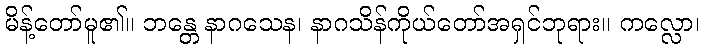
မိန့်တော်မူ၏။ ဘန္တေ နာဂသေန၊ နာဂသိန်ကိုယ်တော်အရှင်ဘုရား။ ကလ္လော၊